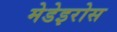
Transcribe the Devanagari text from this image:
मेडेइरोस